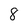
Character: 8